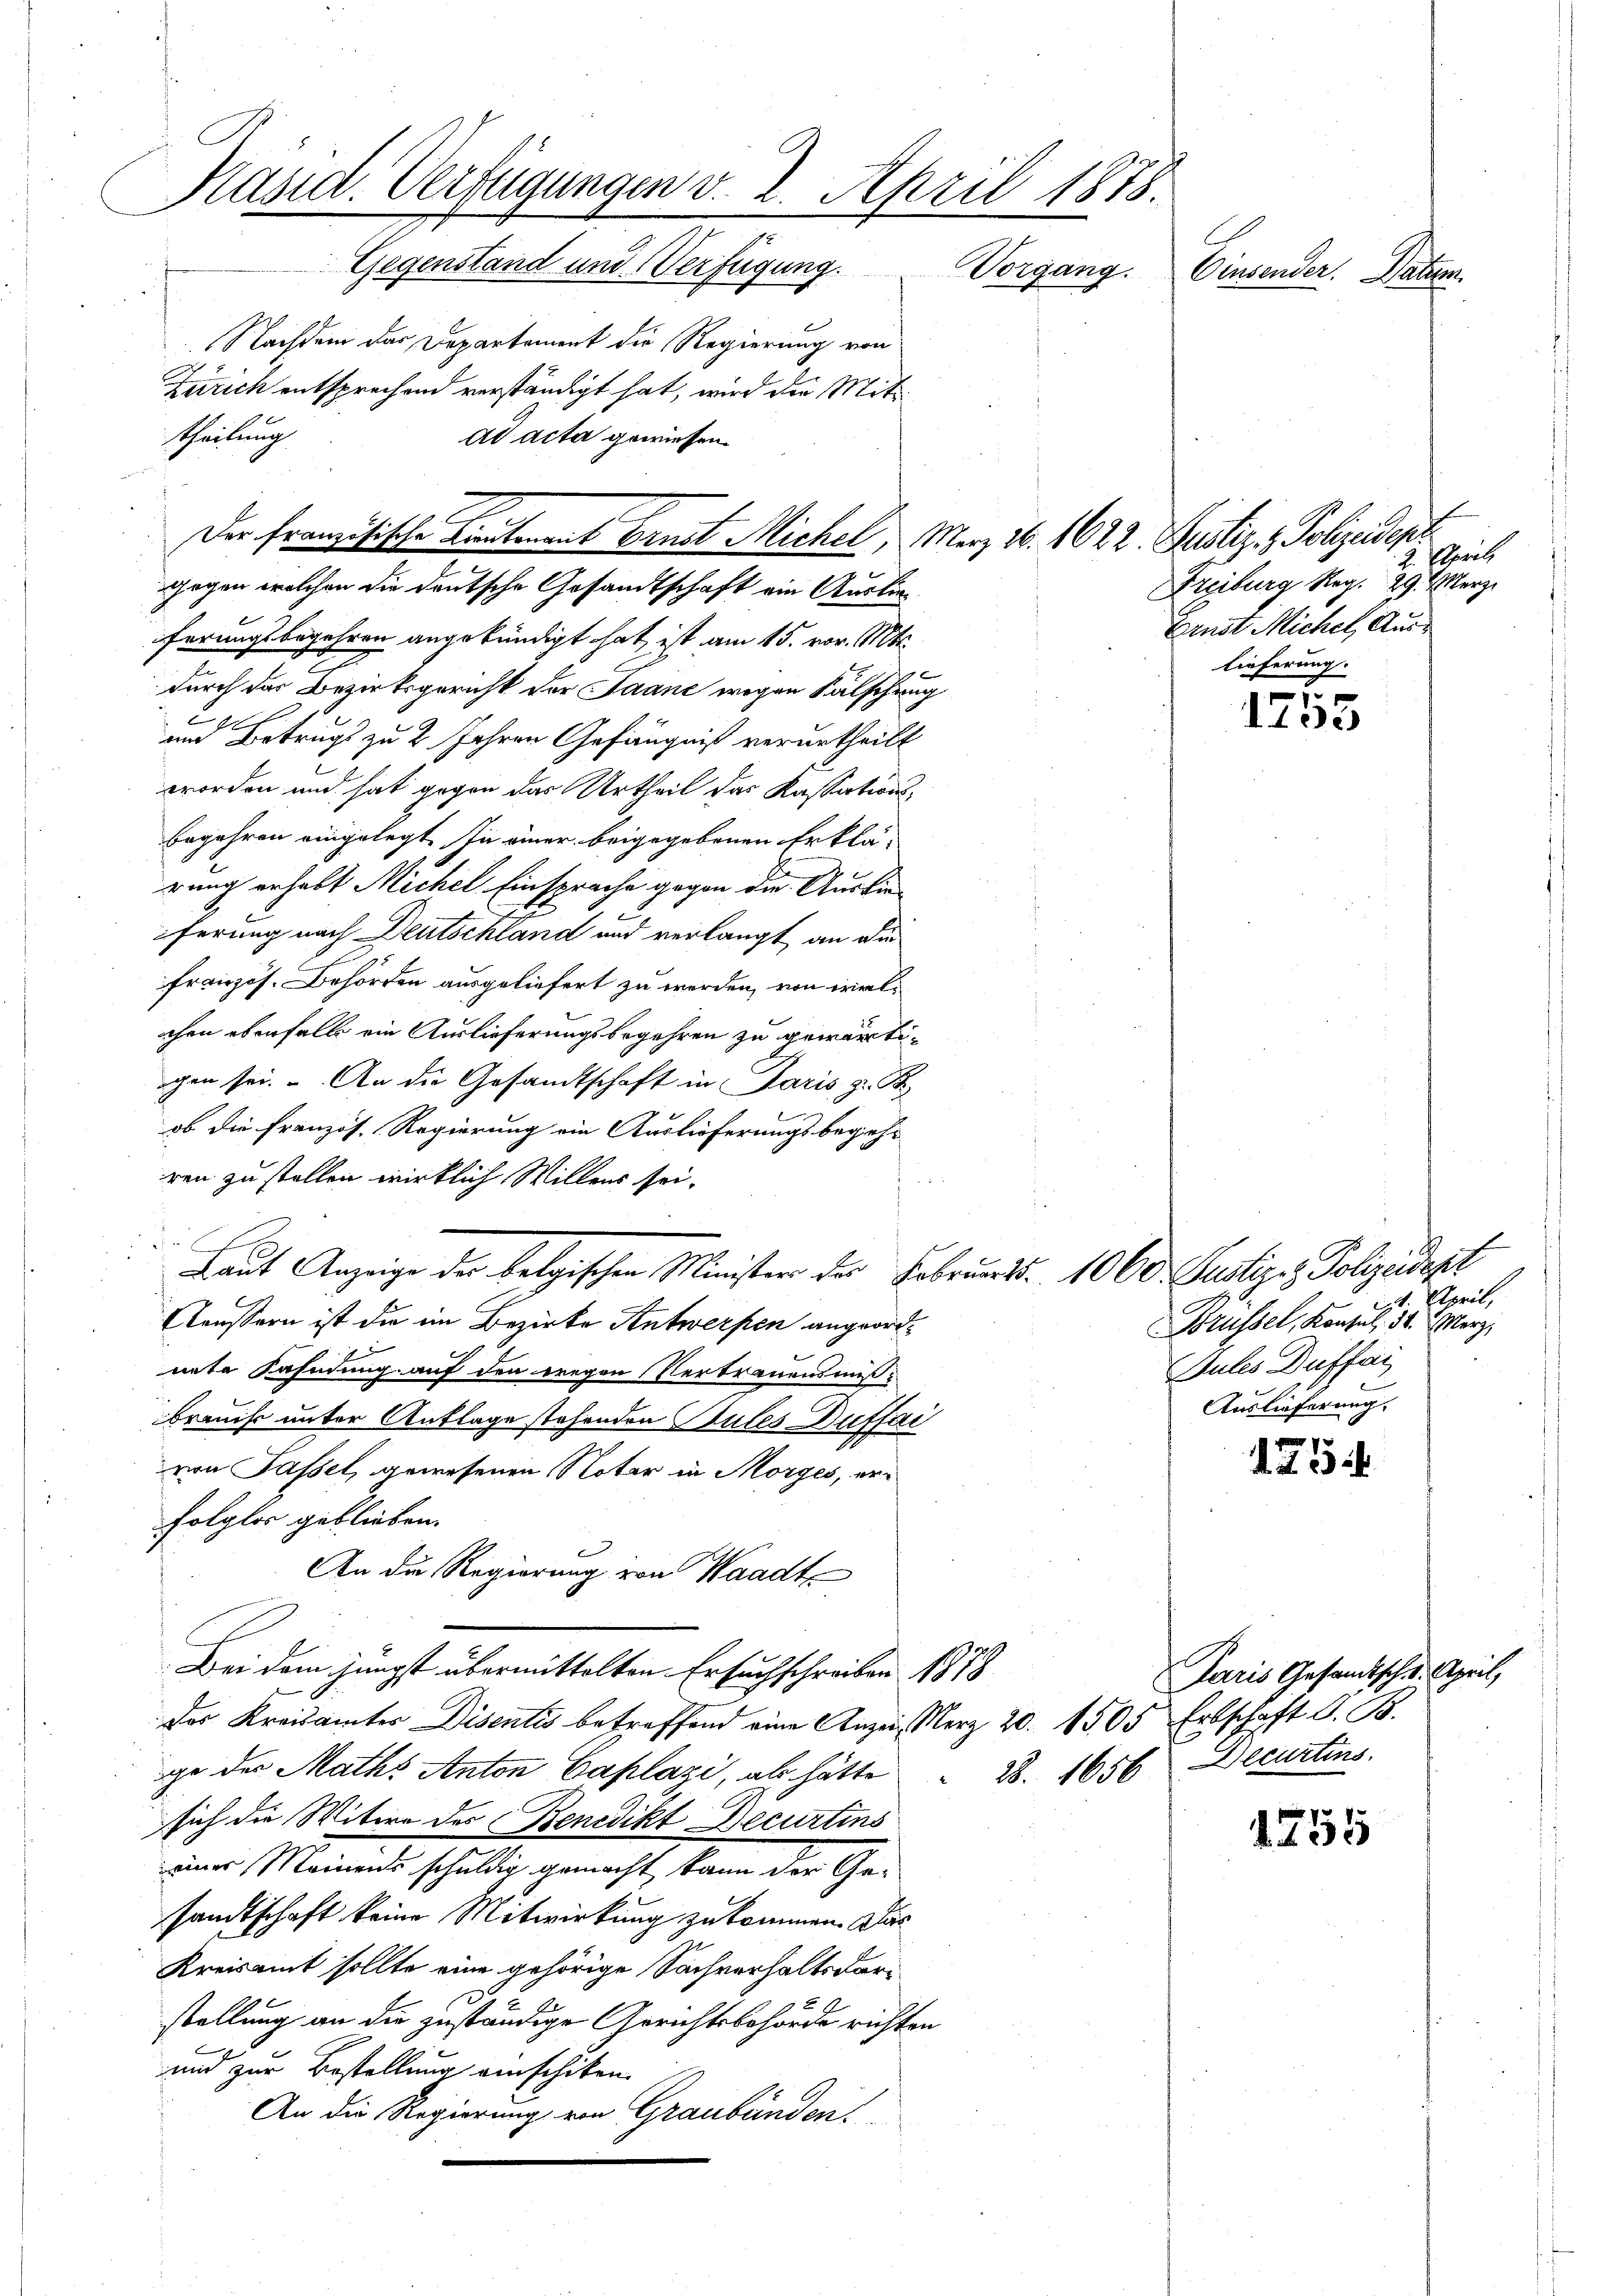
Präsid. Verfügungen v. 2. April 1878.
Gegenstand und Verfügung. Vorgang.
Einsender. Datum.

Nachdem das Departement die Regierung von
Zürich entsprechend verständigt hat, wird die Mittheilung
ad acta gewiesen.
ferungsbegehren angekündigt hat, ist am 15. vor. Mts.
durch der Bezirksgericht der Jaanc wegen Fälschung
und Betrugs zu 2 Jahren Gefängniß verurtheilt
worden und hat gegen das Urtheil das Kassationsbegehren eingelegt. In einer beigegebenen Erklä-
rung erhabt Michel Einsprache gegen der Ausbie-
ferung nach Deutschland und verlangt an die
französ. Behörden ausgeliefert zu werden, von vielchen ebenfalls ein Auslieferungsbegehren zu gewärtiogen sei. An die Gesandtschaft in Paris, z. B.
ob die Französ. Regierung ein Auslieferungsbegehr
ren zu stellen wirklich Willens sei-
.
Laut Anzeige der belgischen Minister der Februarts. 1060. Justiz- & Polizeidest
Aeussern ist die im Bezirke Antwerfen angeordnete Fahndung auf den wegen Vertrauensmißbraucht unter Auflage stehenden Sules Duffai
von Passel, gewesenen Notar in Morges, erfolglos geblieben.
An die Regierung von Waadt
Bei dem jüngst übermittelten Ersuchschreiben 1878
Der Kreisämter Disentis betreffend eine Anzei, Merz 20. 1505 Erbschaft G. B.
ge der Maths Anton Caplazi, als hätte 2. 1656 Decurtins
sich die Witwe des Benedikt Decurtins
einer Meinens schuldig gemacht kann der Gesandtschaft keine Mitwirkung zukommen. Das
Kreisamt sollte eine gehörige Sachverhaltsdaristellung an die zuständige Gerichtsbehörde richten
und zur Bestellung einschiken.
An die Regierung von Graubünden.

Der französische Bautenant Brust Michel, März 26. 1622. Justiz- & Polizeiden
gegen welchen die deutsche Gesandtschaft ein Auslie¬

Paris Gesandtsch u. April,

April,
Freiburg Reg. 29. März
Ernst Michel, Auslieferung.

1
1453

Plpeil,
Brüssel, Konsul, 31. d. Merz,
Jules Buffai
Auslieferung.

1254

1755